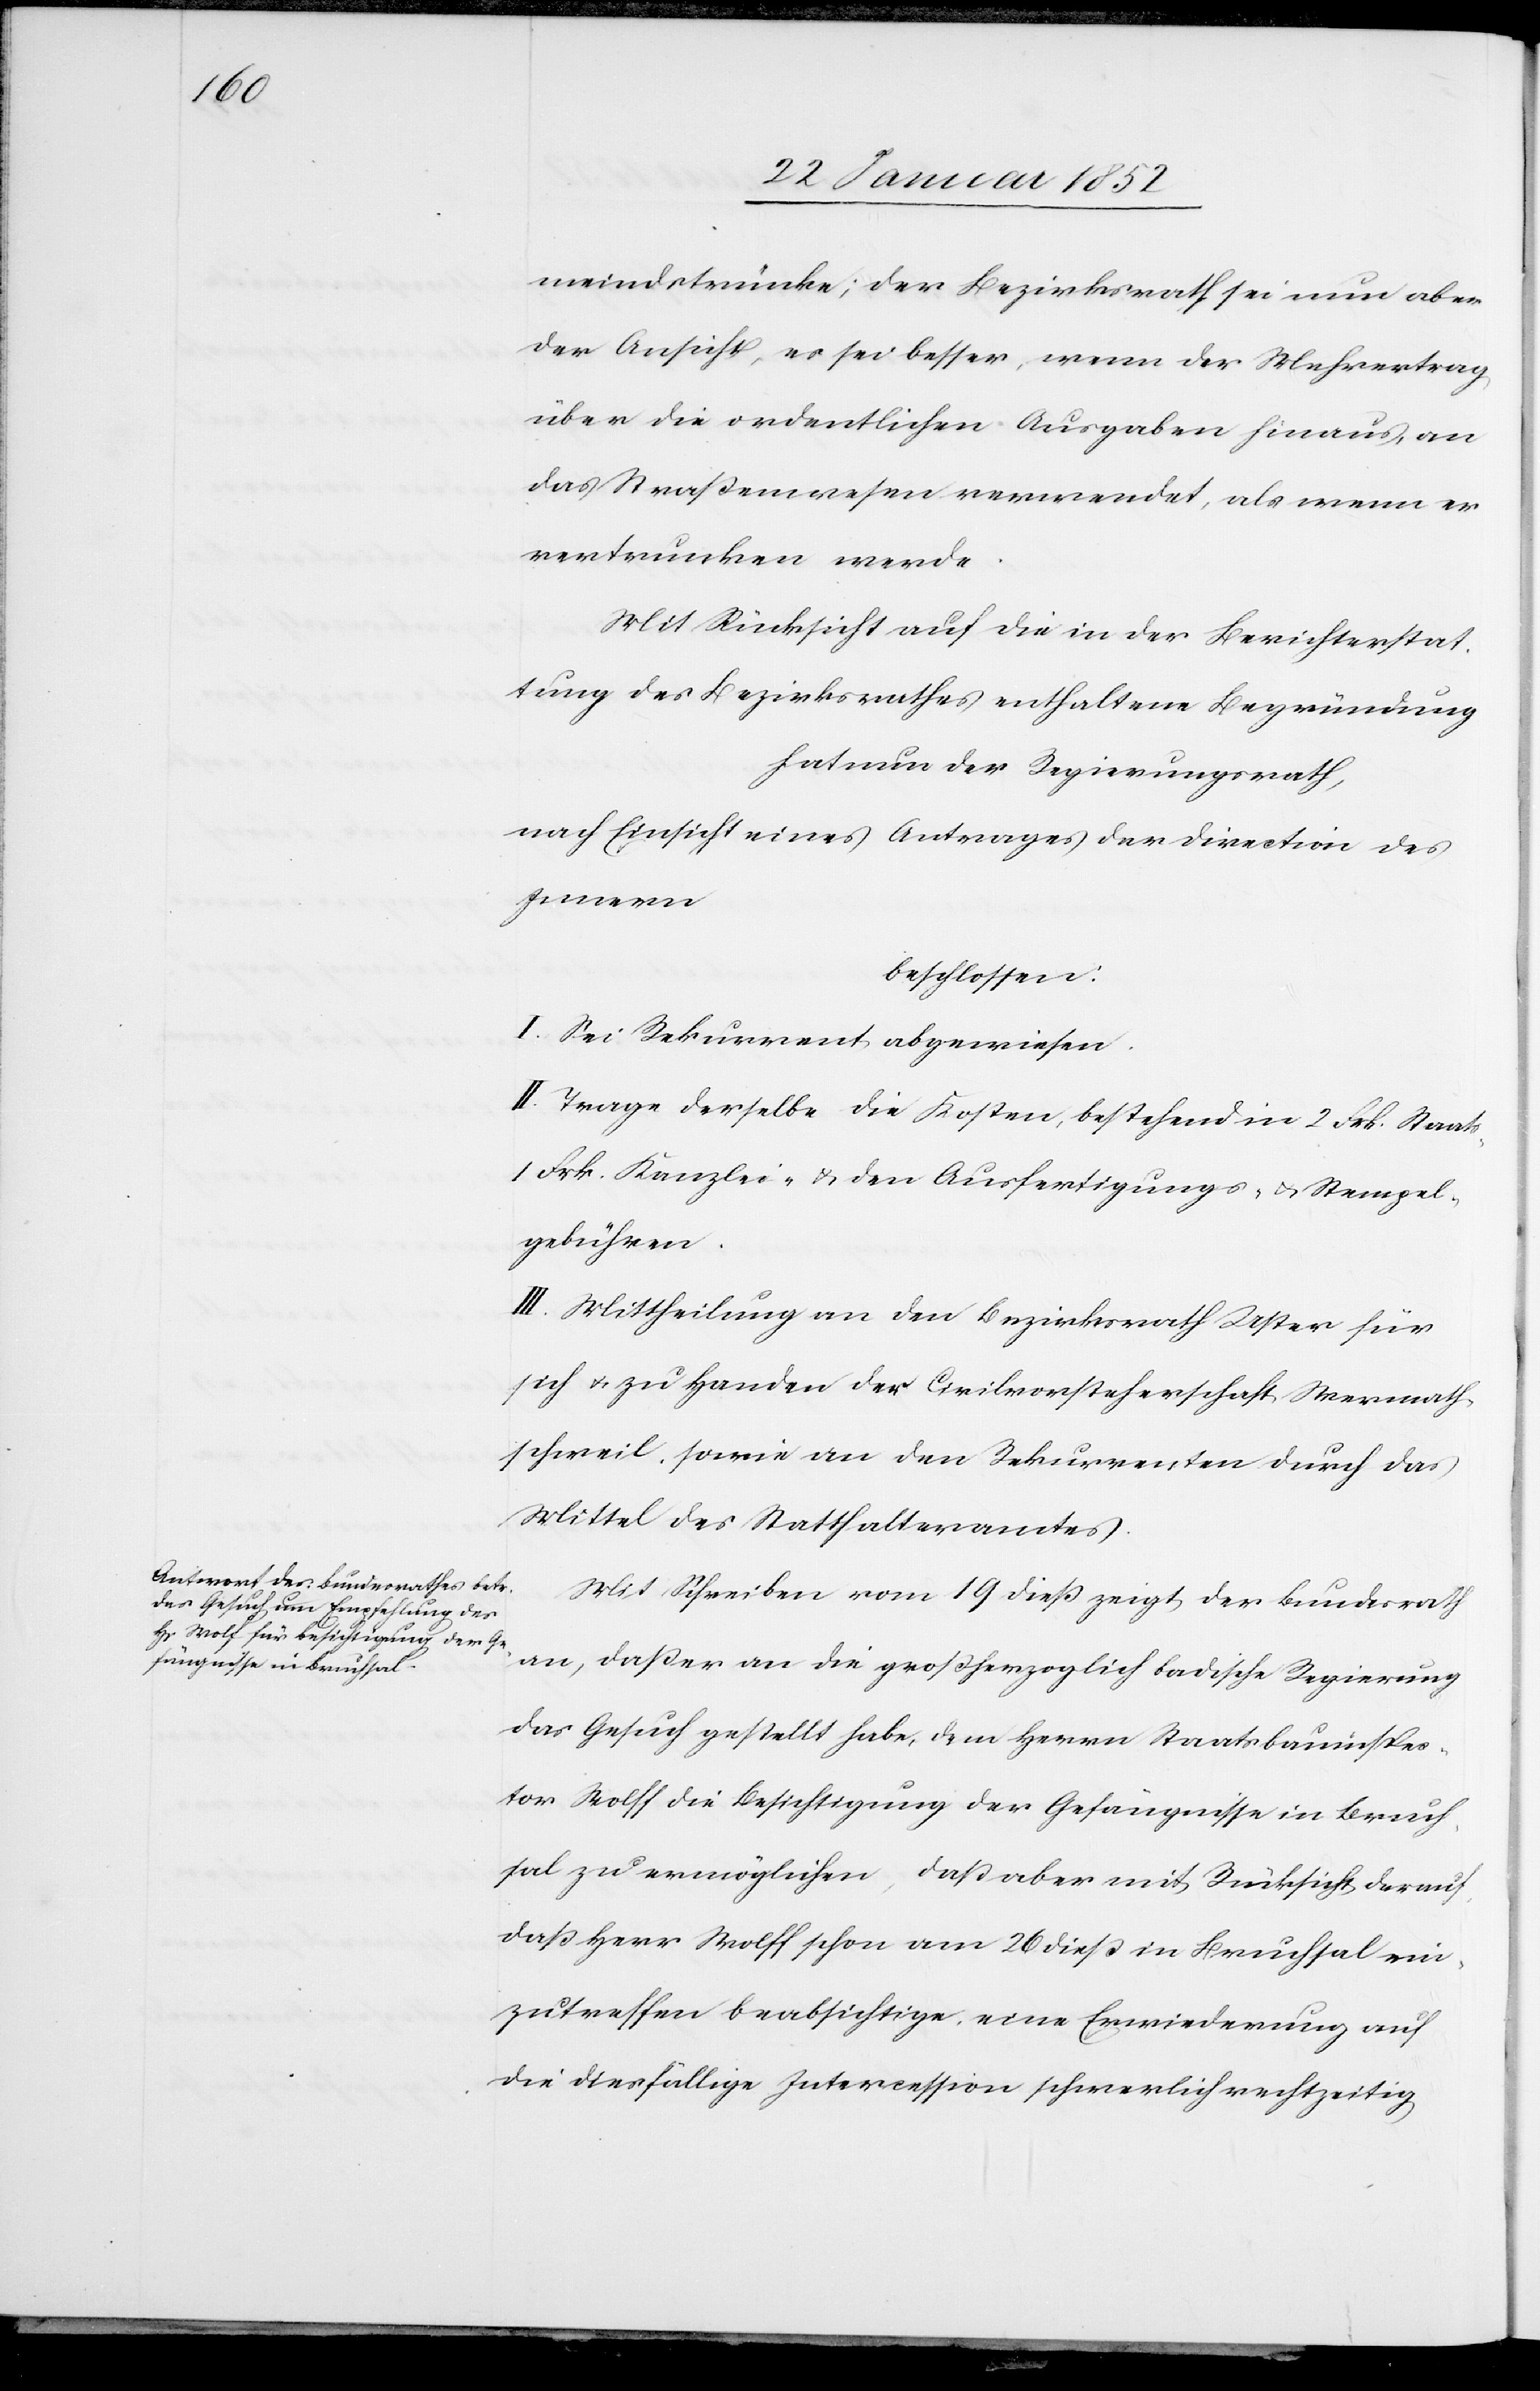
ktor Wolff die Besichtigung zu er¬

meindstrünke; der Bezirksrath sei nun aber
der Ansicht, es sei besser, wenn der Mehrertrag
über die ordentlichen Ausgaben hinaus an
das Straßenwesen verwendet, als wenn er
vertrunken werde.
Mit Rücksicht auf die in der Berichterstat¬
tung des Bezirksrathes enthaltene Begründung
hat nun der Regierungsrath,
nach Einsicht eines Antrages der Direction des
möglichen,
beschlossen:
I. Sei Rekurrent abgewiesen.
II. Trage derselbe die Kosten, bestehend in 2 Frk. Staats-
1 Frk. Kanzlei- u. den Ausfertigungs- u. Stempel¬
gebühren.
III. Mittheilung an den Bezirksrath Uster für
sich u. zu Handen der Civilvorsteherschaft Wermath¬
schweil, sowie an den Rekurrenten durch das
Mittel des Statthalteramtes.
Mit Schreiben vom 19 dieß zeigt der Bundesrath
an, daß er an die Großherzoglich badische Regierung
das Gesuch gestellt habe, dem Herrn Staatsbauinspe¬
daß Herr Wolff schon am 20 dieß in Bruchsal ein¬
zutreffen beabsichtige, eine Erwiederung auf
die dießfällige Intercession schwerlich rechtzeitig